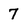
Character: 7